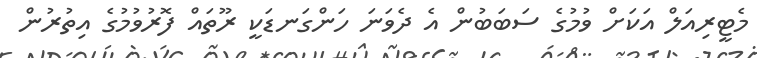
މެޓީރިއަލް އަކަށް ވުމުގެ ސަބަބުން އެ ދެވަނަ ހަންގަނޑަކީ ރޫތައް ފޮރުވުމުގެ އިތުރުން